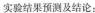
实验结果预测及结论：